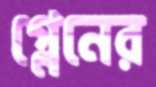
গ্লেনের